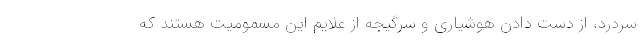
سردرد، از دست دادن هوشیاری و سرگیجه از علایم این مسمومیت هستند که